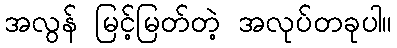
အလွန် မြင့်မြတ်တဲ့ အလုပ်တခုပါ။